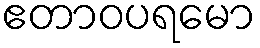
ဧတာဝပရမော